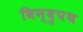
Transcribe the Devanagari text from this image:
विन्दुपथ